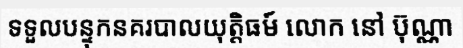
ទទួលបន្ទុកនគរបាលយុត្តិធម៍ លោក នៅ ប៊ុណ្ណា